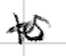
Text: to
Cross-out: wave
Writing tool: digital_black